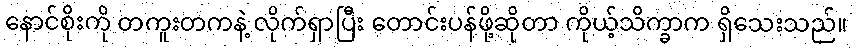
နောင်စိုးကို တကူးတကနဲ့ လိုက်ရှာပြီး တောင်းပန်ဖို့ဆိုတာ ကိုယ့်သိက္ခာက ရှိသေးသည်။